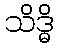
သိဒ္ဓိ